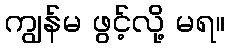
ကျွန်မ ဖွင့်လို့ မရ။